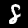
Label: 8